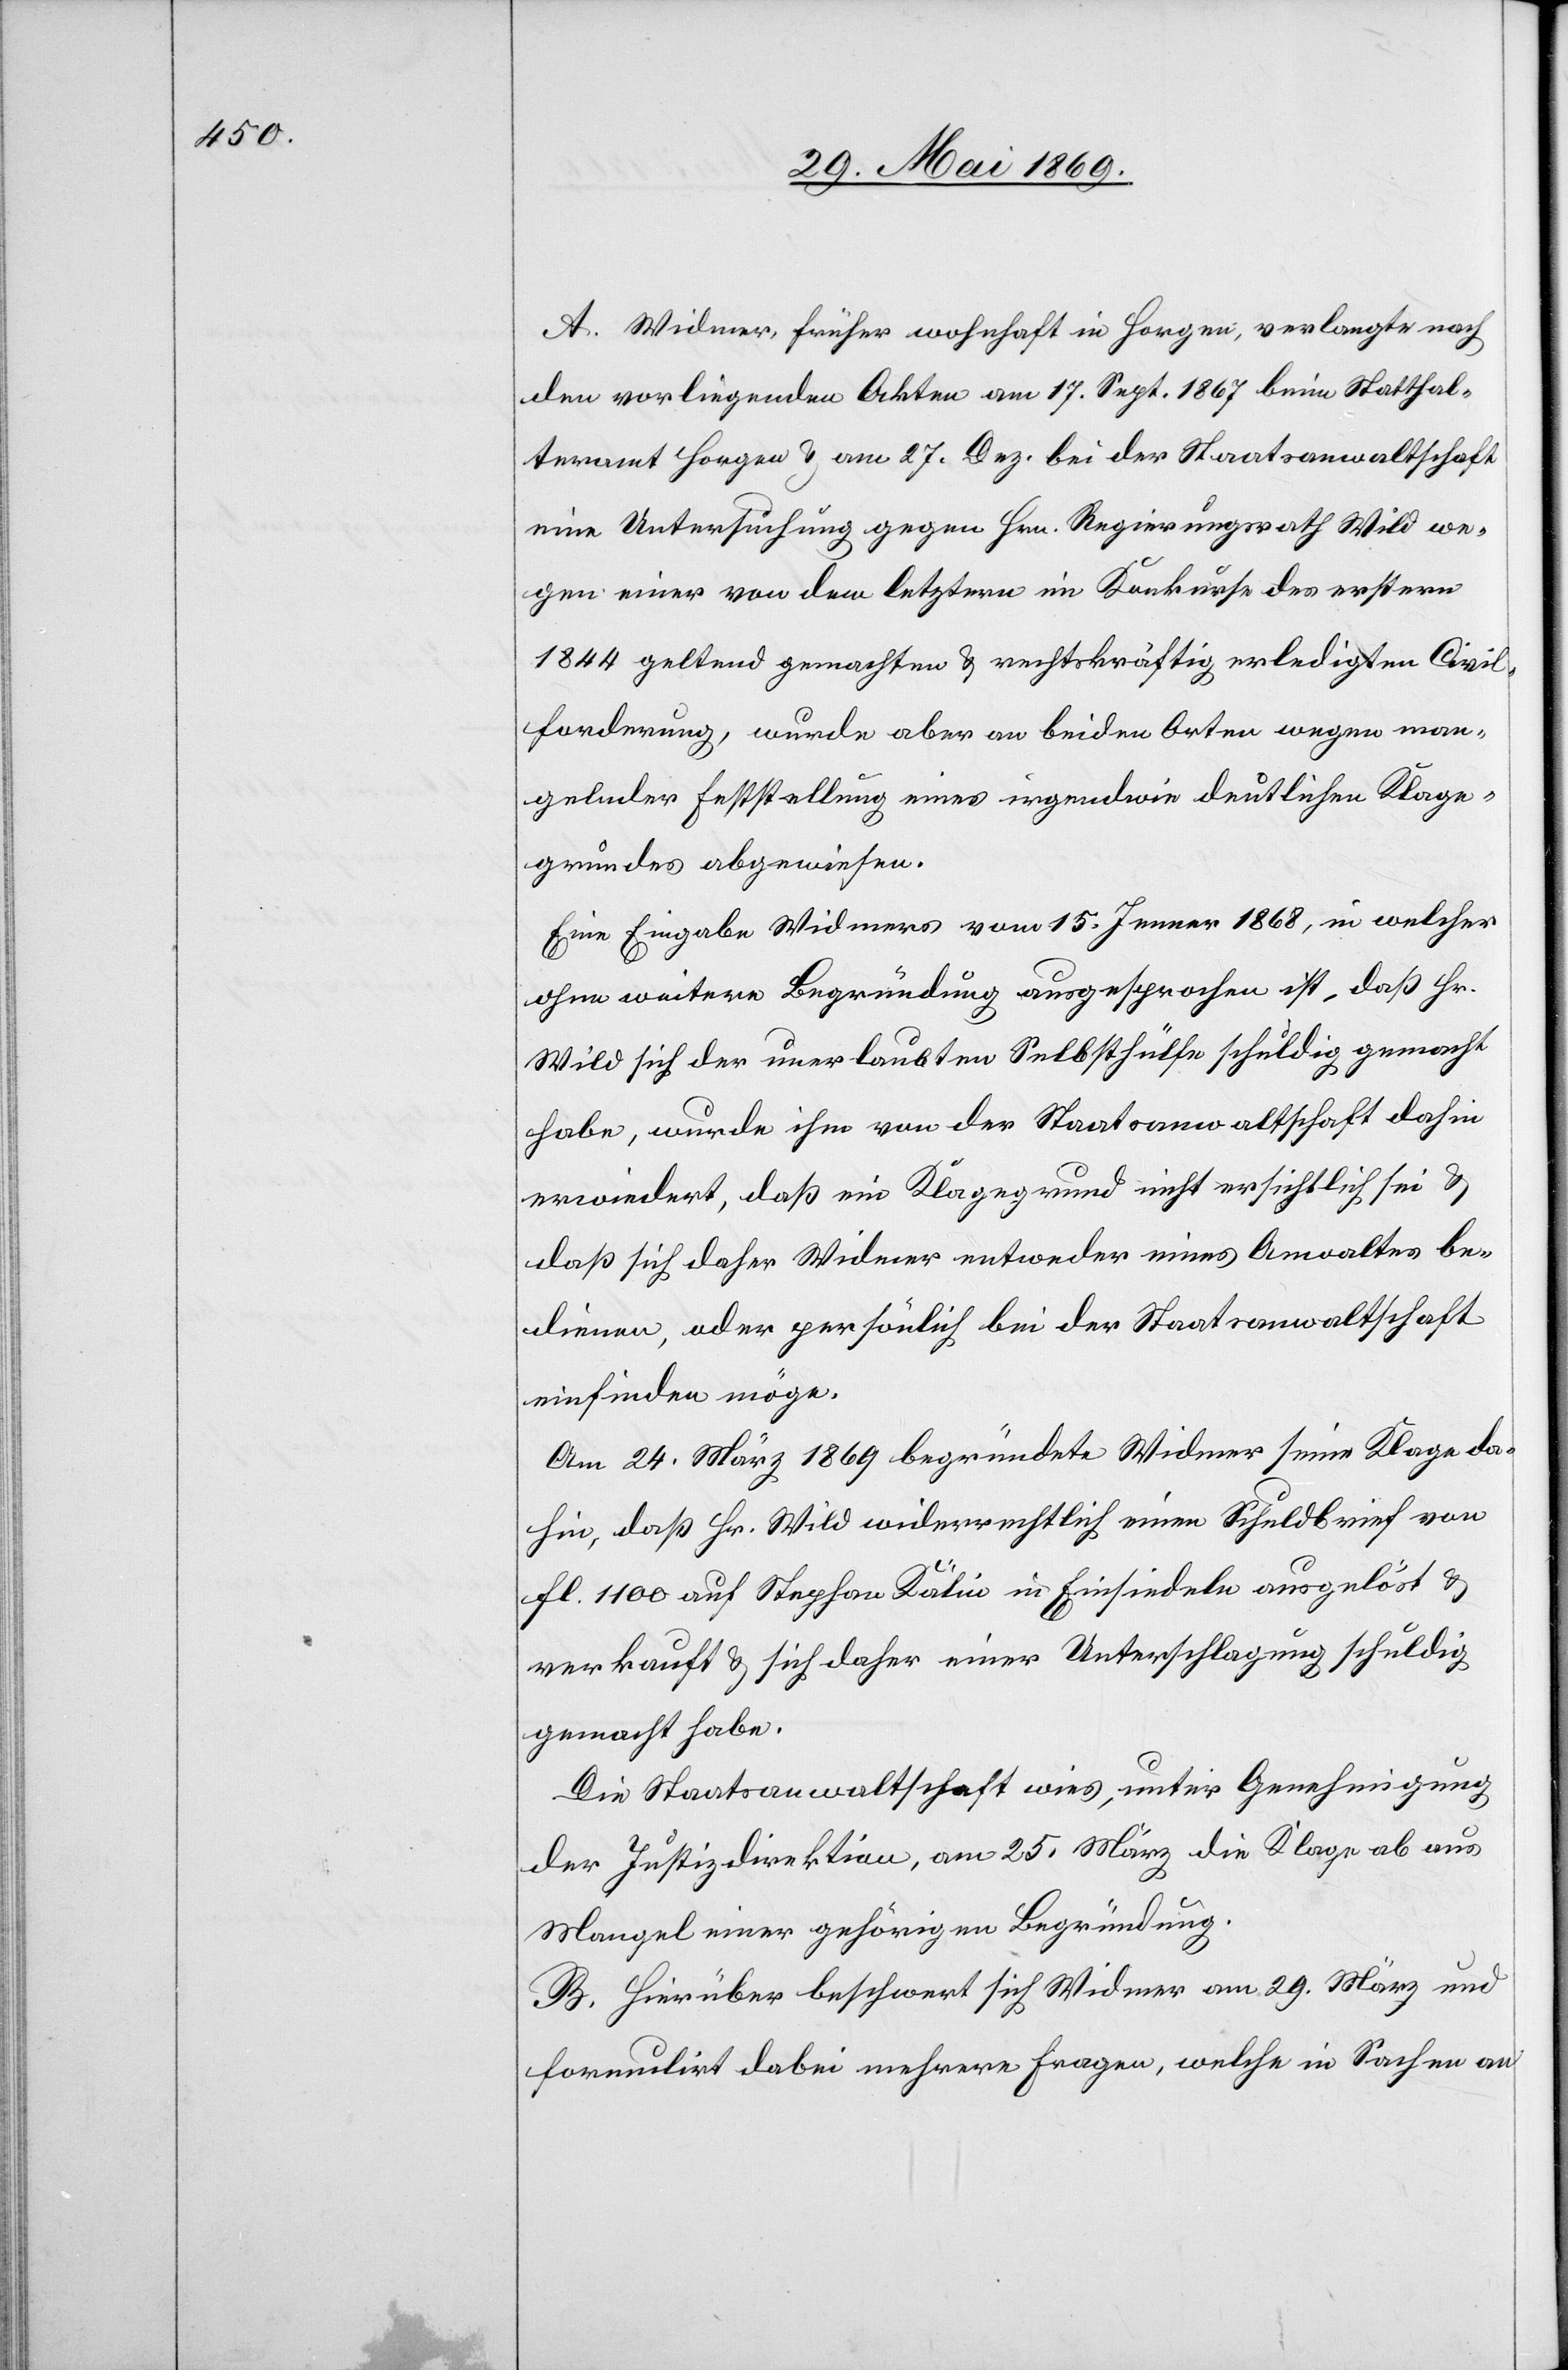
1868,

A. Widmer, früher wohnhaft in Horgen, verlangte nach
den vorliegenden Akten am 17. Sept. 1867 beim Statthal¬
teramt Horgen u. am 27. Dez. bei der Staatsanwaltschaft
eine Untersuchung gegen Hrn. Regierungsrath Wild we¬
gen einer von den letztern im Konkurse des erstern
1844 geltend gemachten u. rechtskräftig erledigten Civil¬
forderung, wurde aber an beiden Orten wegen man¬
gelnder Feststellung eines irgendwie deutlichen Klage¬
grundes abgewiesen.
ohne weitere Begründung ausgesprochen ist, daß Hr.
Wild sich der unerlaubten Selbsthülfe schuldig gemacht
habe, wurde ihm von der Staatsanwaltschaft dahin
erwiedert, daß ein Klagegrund nicht ersichtlich sei u.
daß sich daher Widmer entweder eines Anwaltes be¬
dienen, oder persönlich bei der Staatsanwaltschaft
einfinden möge.
Am 24. März 1869 begründete Widmer seine Klage da¬
hin, daß Hr. Wild widerrechtlich einen Schuldbrief von
fl 1100 auf Stephan Kälin in Einsiedeln ausgelöst u.
verkauft u. sich daher einer Unterschlagung schuldig
gemacht habe.
Die Staatsanwaltschaft wies, unter Genehmigung
der Justizdirektion, am 25. März die Klage ab aus
Mangel einer gehörigen Begründung.
B. Hierüber beschwert sich Widmer am 29. März und
formulirt dabei mehrere Fragen, welche in Sachen an